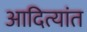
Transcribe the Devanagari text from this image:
आदित्यांत